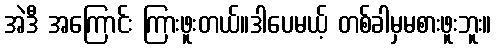
အဲဒီ အကြောင်း ကြားဖူးတယ်။ဒါပေမယ့် တစ်ခါမှမစားဖူးဘူး။